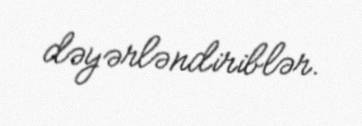
dəyərləndiriblər.